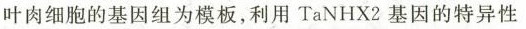
叶肉细胞的基因组为模板，利用 TaNHX2 基因的特异性